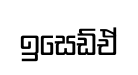
ඉසෙඩ්ඒ